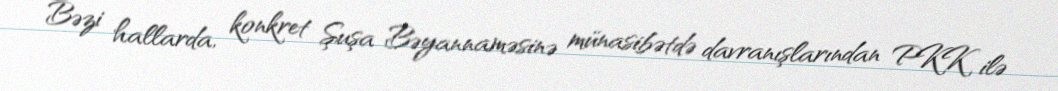
Bəzi hallarda, konkret Şuşa Bəyannaməsinə münasibətdə davranışlarından PKK ilə